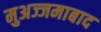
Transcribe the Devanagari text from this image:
मुअज्जमाबाद